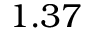
1 . 3 7